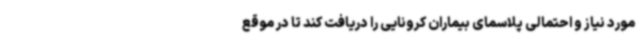
مورد نیاز و احتمالی پلاسمای بیماران کرونایی را دریافت کند تا در موقع